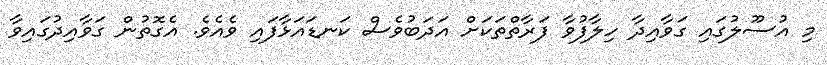
މި އުސޫލުގައި ގަވާއިދާ ހިލާފުވާ ފަރާތްތަކަށް އަދަބުވެސް ކަނޑައަޅާފައި ވެއެވެ. އެގޮތުން ގަވާއިދުގައިވާ